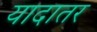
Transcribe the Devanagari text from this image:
यादातर